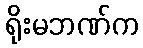
ရိုးမဘဏ်က